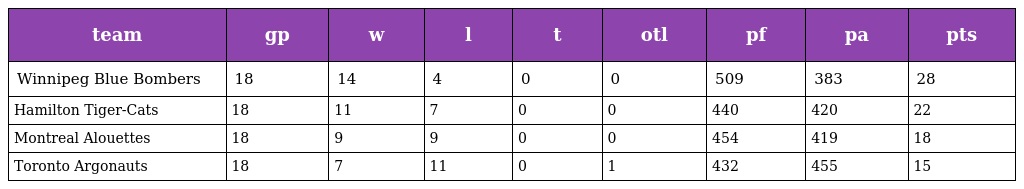
| team | gp | w | l | t | otl | pf | pa | pts |
 | --- | --- | --- | --- | --- | --- | --- | --- | --- |
 | Winnipeg Blue Bombers | 18 | 14 | 4 | 0 | 0 | 509 | 383 | 28 |
 | Hamilton Tiger-Cats | 18 | 11 | 7 | 0 | 0 | 440 | 420 | 22 |
 | Montreal Alouettes | 18 | 9 | 9 | 0 | 0 | 454 | 419 | 18 |
 | Toronto Argonauts | 18 | 7 | 11 | 0 | 1 | 432 | 455 | 15 |